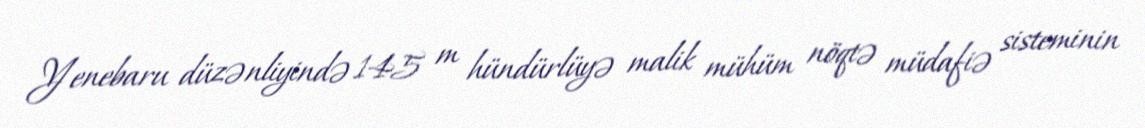
Yenebaru düzənliyində 145 m hündürlüyə malik mühüm nöqtə müdafiə sisteminin